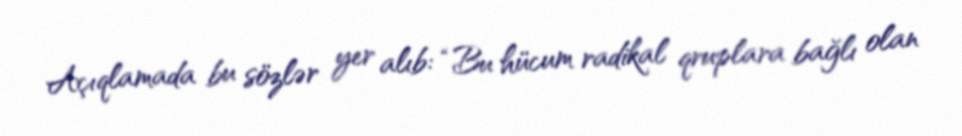
Açıqlamada bu sözlər yer alıb: “Bu hücum radikal qruplara bağlı olan